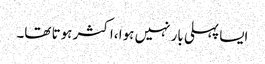
ایسا پہلی بار نہیں ہوا ،اکثر ہوتا تھا۔